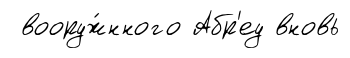
вооруж́нного Абр'еу вновь